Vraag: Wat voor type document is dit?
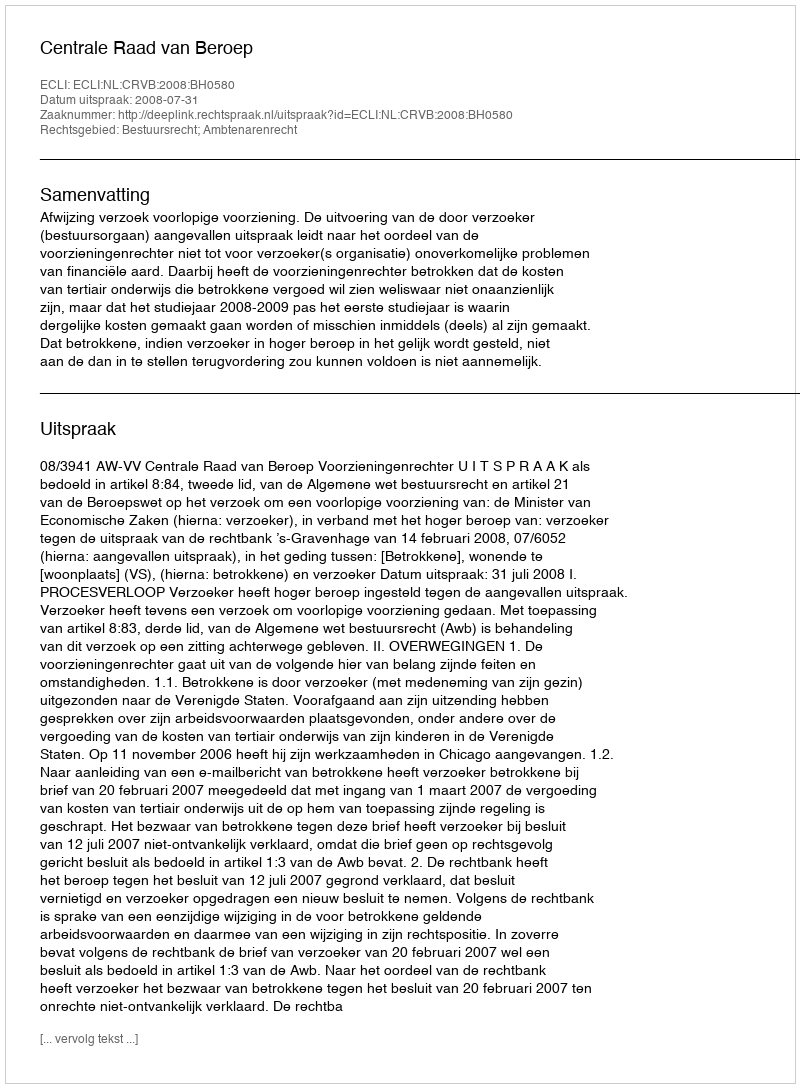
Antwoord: Uitspraak